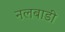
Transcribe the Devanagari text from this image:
नलबाडी